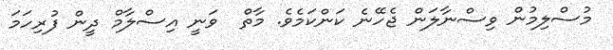
މުސްލިމުން ވިސްނާލަން ޖެހޭނެ ކަންކަމެވެ. މާތް  ވަނީ އިސްލާމް ދީން ފުރިހަމަ